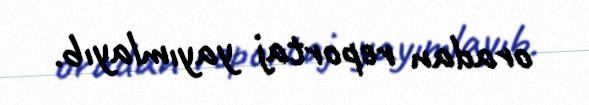
oradan reportaj yayımlayıb.